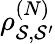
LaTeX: \rho_{\mathcal{S},\mathcal{S}^{\prime}}^{(N)}